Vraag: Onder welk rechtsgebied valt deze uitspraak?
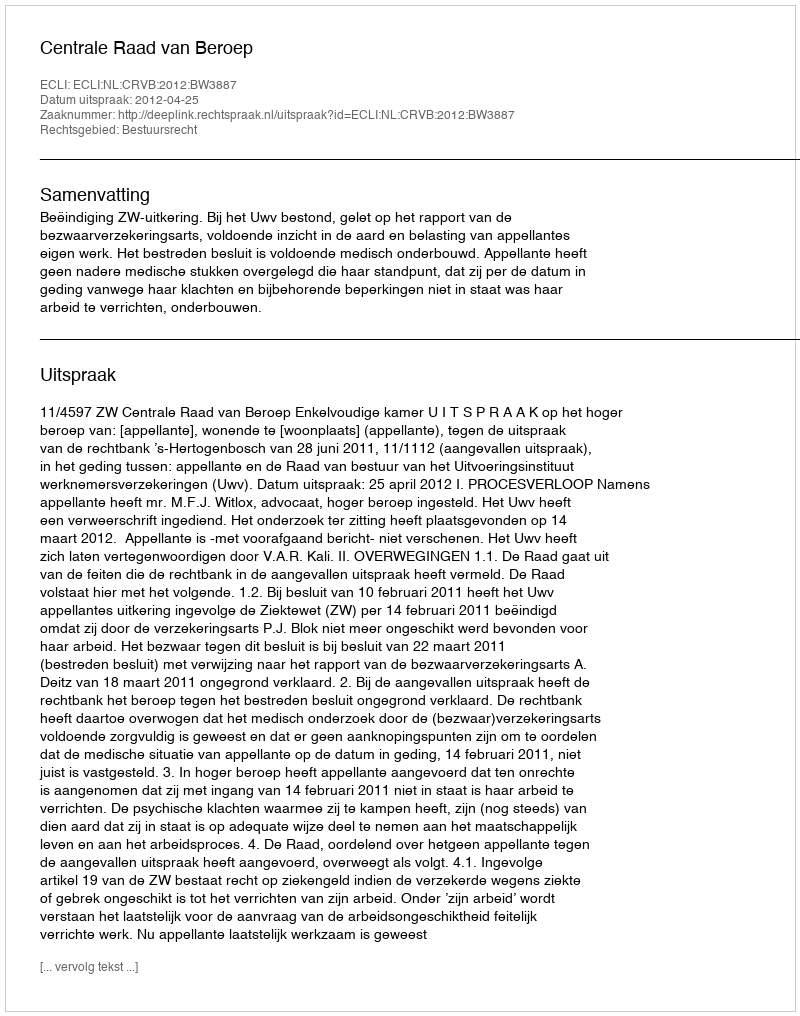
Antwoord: Bestuursrecht